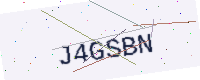
Text: J4GSBN